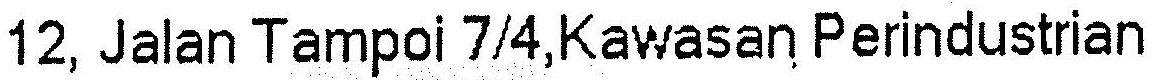
12, JALAN TAMPOI 7/4,KAWASAN PERINDUSTRIAN